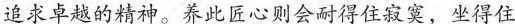
追求卓越的精神。养此匠心则会耐得住寂寞，坐得住